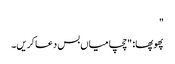
"
پھوپھا: "چچا میاں بس دعا کریں۔